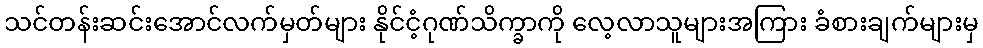
သင်တန်းဆင်းအောင်လက်မှတ်များ နိုင်ငံ့ဂုဏ်သိက္ခာကို လေ့လာသူများအကြား ခံစားချက်များမှ